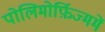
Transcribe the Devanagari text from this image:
पोलिमोर्फ़िज्ममें